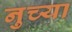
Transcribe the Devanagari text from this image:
नुच्या